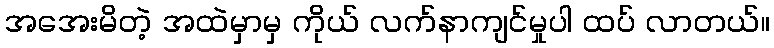
အအေးမိတဲ့ အထဲမှာမှ ကိုယ် လက်နာကျင်မှုပါ ထပ် လာတယ်။